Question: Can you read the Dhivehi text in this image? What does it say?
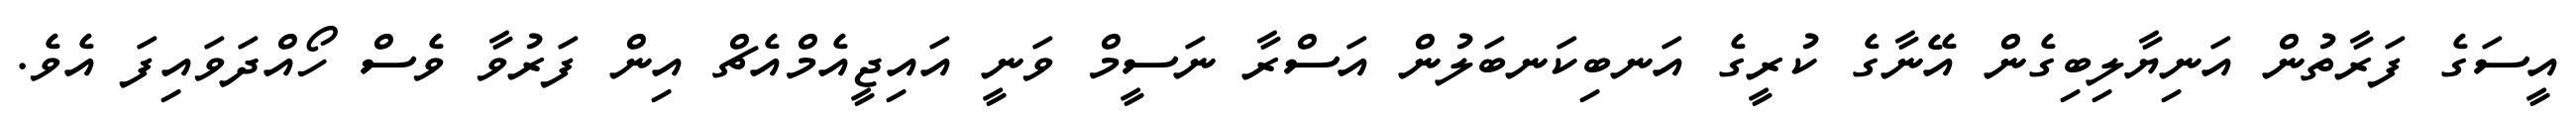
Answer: އީސަގެ ފަރާތުން އަނިޔާލިބިގެން އޭނާގެ ކުރީގެ އަނބިކަނބަލުން އަސްރާ ނަސީމް ވަނީ އައިޖީއެމްއެޗް އިން ފަރުވާ ވެސް ހޯއްދަވައިފަ އެވެ.